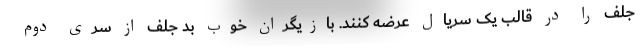
جلف را در قالب یک سریال عرضه کنند. بازیگران خوب بد جلف از سری دوم